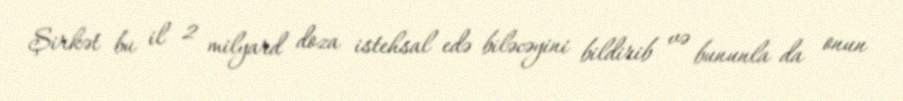
Şirkət bu il 2 milyard doza istehsal edə biləcəyini bildirib və bununla da onun